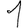
Digit: 1